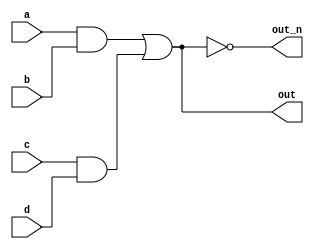
/*Implement the following circuit. Create two intermediate wires (named anything you want) to connect 
the AND and OR gates together. Note that the wire that feeds the NOT gate is really wire out, 
so you do not necessarily need to declare a third wire here. 
Notice how wires are driven by exactly one source (output of a gate), but can feed multiple inputs.
If you're following the circuit structure in the diagram, you should end up with four assign statements,
 as there are four signals that need a value assigned.*/
 module top_module(
    input a,
    input b,
    input c,
    input d,
    output out,
    output out_n   ); 
wire w1,w2,w3,w4;
    assign w1=a&b;
    assign w2=c&d;
    assign w3=w1|w2;
    assign out=w3;
    assign out_n=~(w3);
    
endmodule